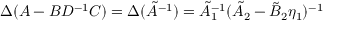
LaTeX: \Delta ( A - B D ^ { - 1 } C ) = \Delta ( \tilde { A } ^ { - 1 } ) = \tilde { A } _ { 1 } ^ { - 1 } ( \tilde { A } _ { 2 } - \tilde { B } _ { 2 } \eta _ { 1 } ) ^ { - 1 }